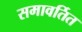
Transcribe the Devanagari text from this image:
समावर्तित